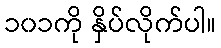
၁၀၁ကို နှိပ်လိုက်ပါ။